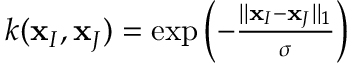
\begin{array} { r } { k ( \mathbf { x } _ { I } , \mathbf { x } _ { J } ) = \exp { \left( - \frac { \vert \vert \mathbf { x } _ { I } - \mathbf { x } _ { J } \vert \vert _ { 1 } } { \sigma } \right) } } \end{array}